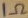
Text: 1Ω